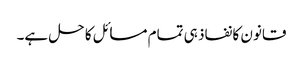
قانون کا نفاذ ہی تمام مسائل کا حل ہے۔